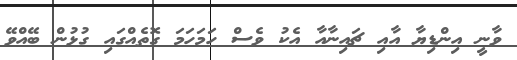
ވާނީ އިންޑިޔާ އާއި ޗައިނާއާ އެކު ވެސް ހަމަހަމަ ގޮތެއްގައި ގުޅުން ބޭއްވޭ